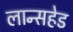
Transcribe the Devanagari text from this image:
लान्सहेड